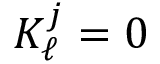
K _ { \ell } ^ { j } = 0